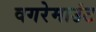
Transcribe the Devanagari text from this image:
वगरेमाउंट